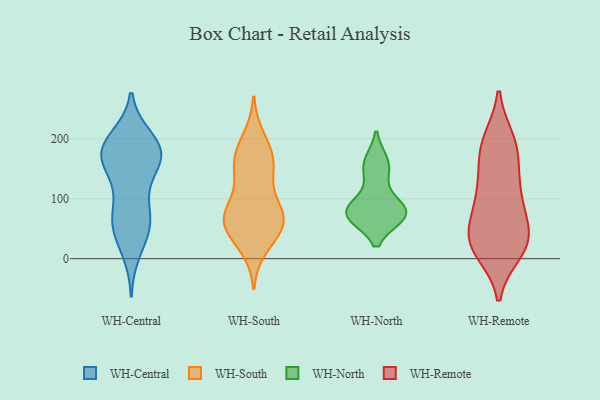
{"axis": {"x": "Active Users", "y": "Value"}, "legend": ["WH-Central", "WH-North", "WH-Remote", "WH-South"], "data": [{"x": "", "y": 59, "type": "WH-Central"}, {"x": "", "y": 169, "type": "WH-Central"}, {"x": "", "y": 200, "type": "WH-Central"}, {"x": "", "y": 164, "type": "WH-Central"}, {"x": "", "y": 171, "type": "WH-Central"}, {"x": "", "y": 13, "type": "WH-Central"}, {"x": "", "y": 116, "type": "WH-Central"}, {"x": "", "y": 52, "type": "WH-Central"}, {"x": "", "y": 52, "type": "WH-Central"}, {"x": "", "y": 174, "type": "WH-Central"}, {"x": "", "y": 168, "type": "WH-Central"}, {"x": "", "y": 185, "type": "WH-Central"}, {"x": "", "y": 193, "type": "WH-Central"}, {"x": "", "y": 85, "type": "WH-Central"}, {"x": "", "y": 64, "type": "WH-Central"}, {"x": "", "y": 171, "type": "WH-Central"}, {"x": "", "y": 69, "type": "WH-South"}, {"x": "", "y": 200, "type": "WH-South"}, {"x": "", "y": 77, "type": "WH-South"}, {"x": "", "y": 20, "type": "WH-South"}, {"x": "", "y": 59, "type": "WH-South"}, {"x": "", "y": 175, "type": "WH-South"}, {"x": "", "y": 72, "type": "WH-South"}, {"x": "", "y": 173, "type": "WH-South"}, {"x": "", "y": 142, "type": "WH-South"}, {"x": "", "y": 44, "type": "WH-South"}, {"x": "", "y": 76, "type": "WH-South"}, {"x": "", "y": 45, "type": "WH-South"}, {"x": "", "y": 156, "type": "WH-South"}, {"x": "", "y": 75, "type": "WH-South"}, {"x": "", "y": 142, "type": "WH-South"}, {"x": "", "y": 161, "type": "WH-North"}, {"x": "", "y": 71, "type": "WH-North"}, {"x": "", "y": 141, "type": "WH-North"}, {"x": "", "y": 73, "type": "WH-North"}, {"x": "", "y": 73, "type": "WH-North"}, {"x": "", "y": 90, "type": "WH-North"}, {"x": "", "y": 85, "type": "WH-North"}, {"x": "", "y": 75, "type": "WH-North"}, {"x": "", "y": 159, "type": "WH-North"}, {"x": "", "y": 71, "type": "WH-North"}, {"x": "", "y": 197, "type": "WH-Remote"}, {"x": "", "y": 95, "type": "WH-Remote"}, {"x": "", "y": 189, "type": "WH-Remote"}, {"x": "", "y": 195, "type": "WH-Remote"}, {"x": "", "y": 101, "type": "WH-Remote"}, {"x": "", "y": 93, "type": "WH-Remote"}, {"x": "", "y": 35, "type": "WH-Remote"}, {"x": "", "y": 35, "type": "WH-Remote"}, {"x": "", "y": 12, "type": "WH-Remote"}, {"x": "", "y": 147, "type": "WH-Remote"}, {"x": "", "y": 14, "type": "WH-Remote"}, {"x": "", "y": 32, "type": "WH-Remote"}, {"x": "", "y": 25, "type": "WH-Remote"}, {"x": "", "y": 31, "type": "WH-Remote"}, {"x": "", "y": 127, "type": "WH-Remote"}, {"x": "", "y": 62, "type": "WH-Remote"}, {"x": "", "y": 174, "type": "WH-Remote"}]}